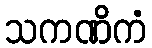
သကဏိကံ